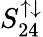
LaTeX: S_{24}^{\uparrow\downarrow}